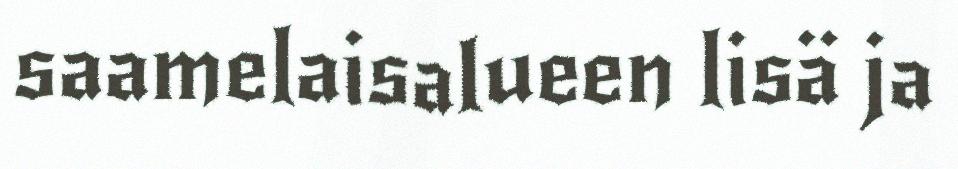
saamelaisalueen lisä ja